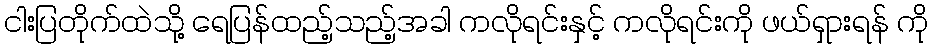
ငါးပြတိုက်ထဲသို့ ရေပြန်ထည့်သည့်အခါ ကလိုရင်းနှင့် ကလိုရင်းကို ဖယ်ရှားရန် ကို